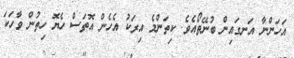
އަހަންނާ އަނގައިން ބުނޭތޯއެވެ. ކިތަންމެ އިރަކު އެހެން އޮތަސް ހެޔޮ ހިތުން ވާހަކަ